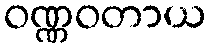
ဝဏ္ဏဝတာယ